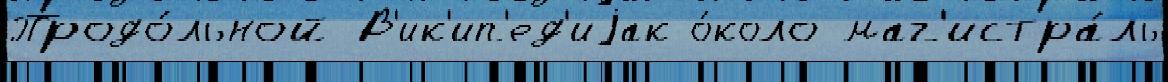
Продо́льной В'ик'ип'ед'иjак о́коло маг'истра́ль